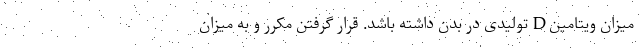
میزان ویتامین D تولیدی در بدن داشته باشد. قرار گرفتن مکرر و به میزان